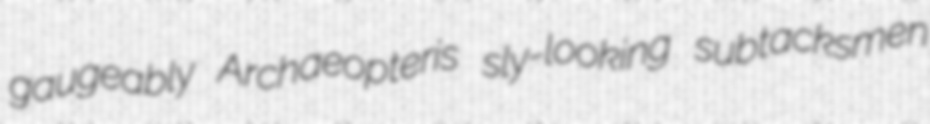
gaugeably Archaeopteris sly-looking subtacksmen